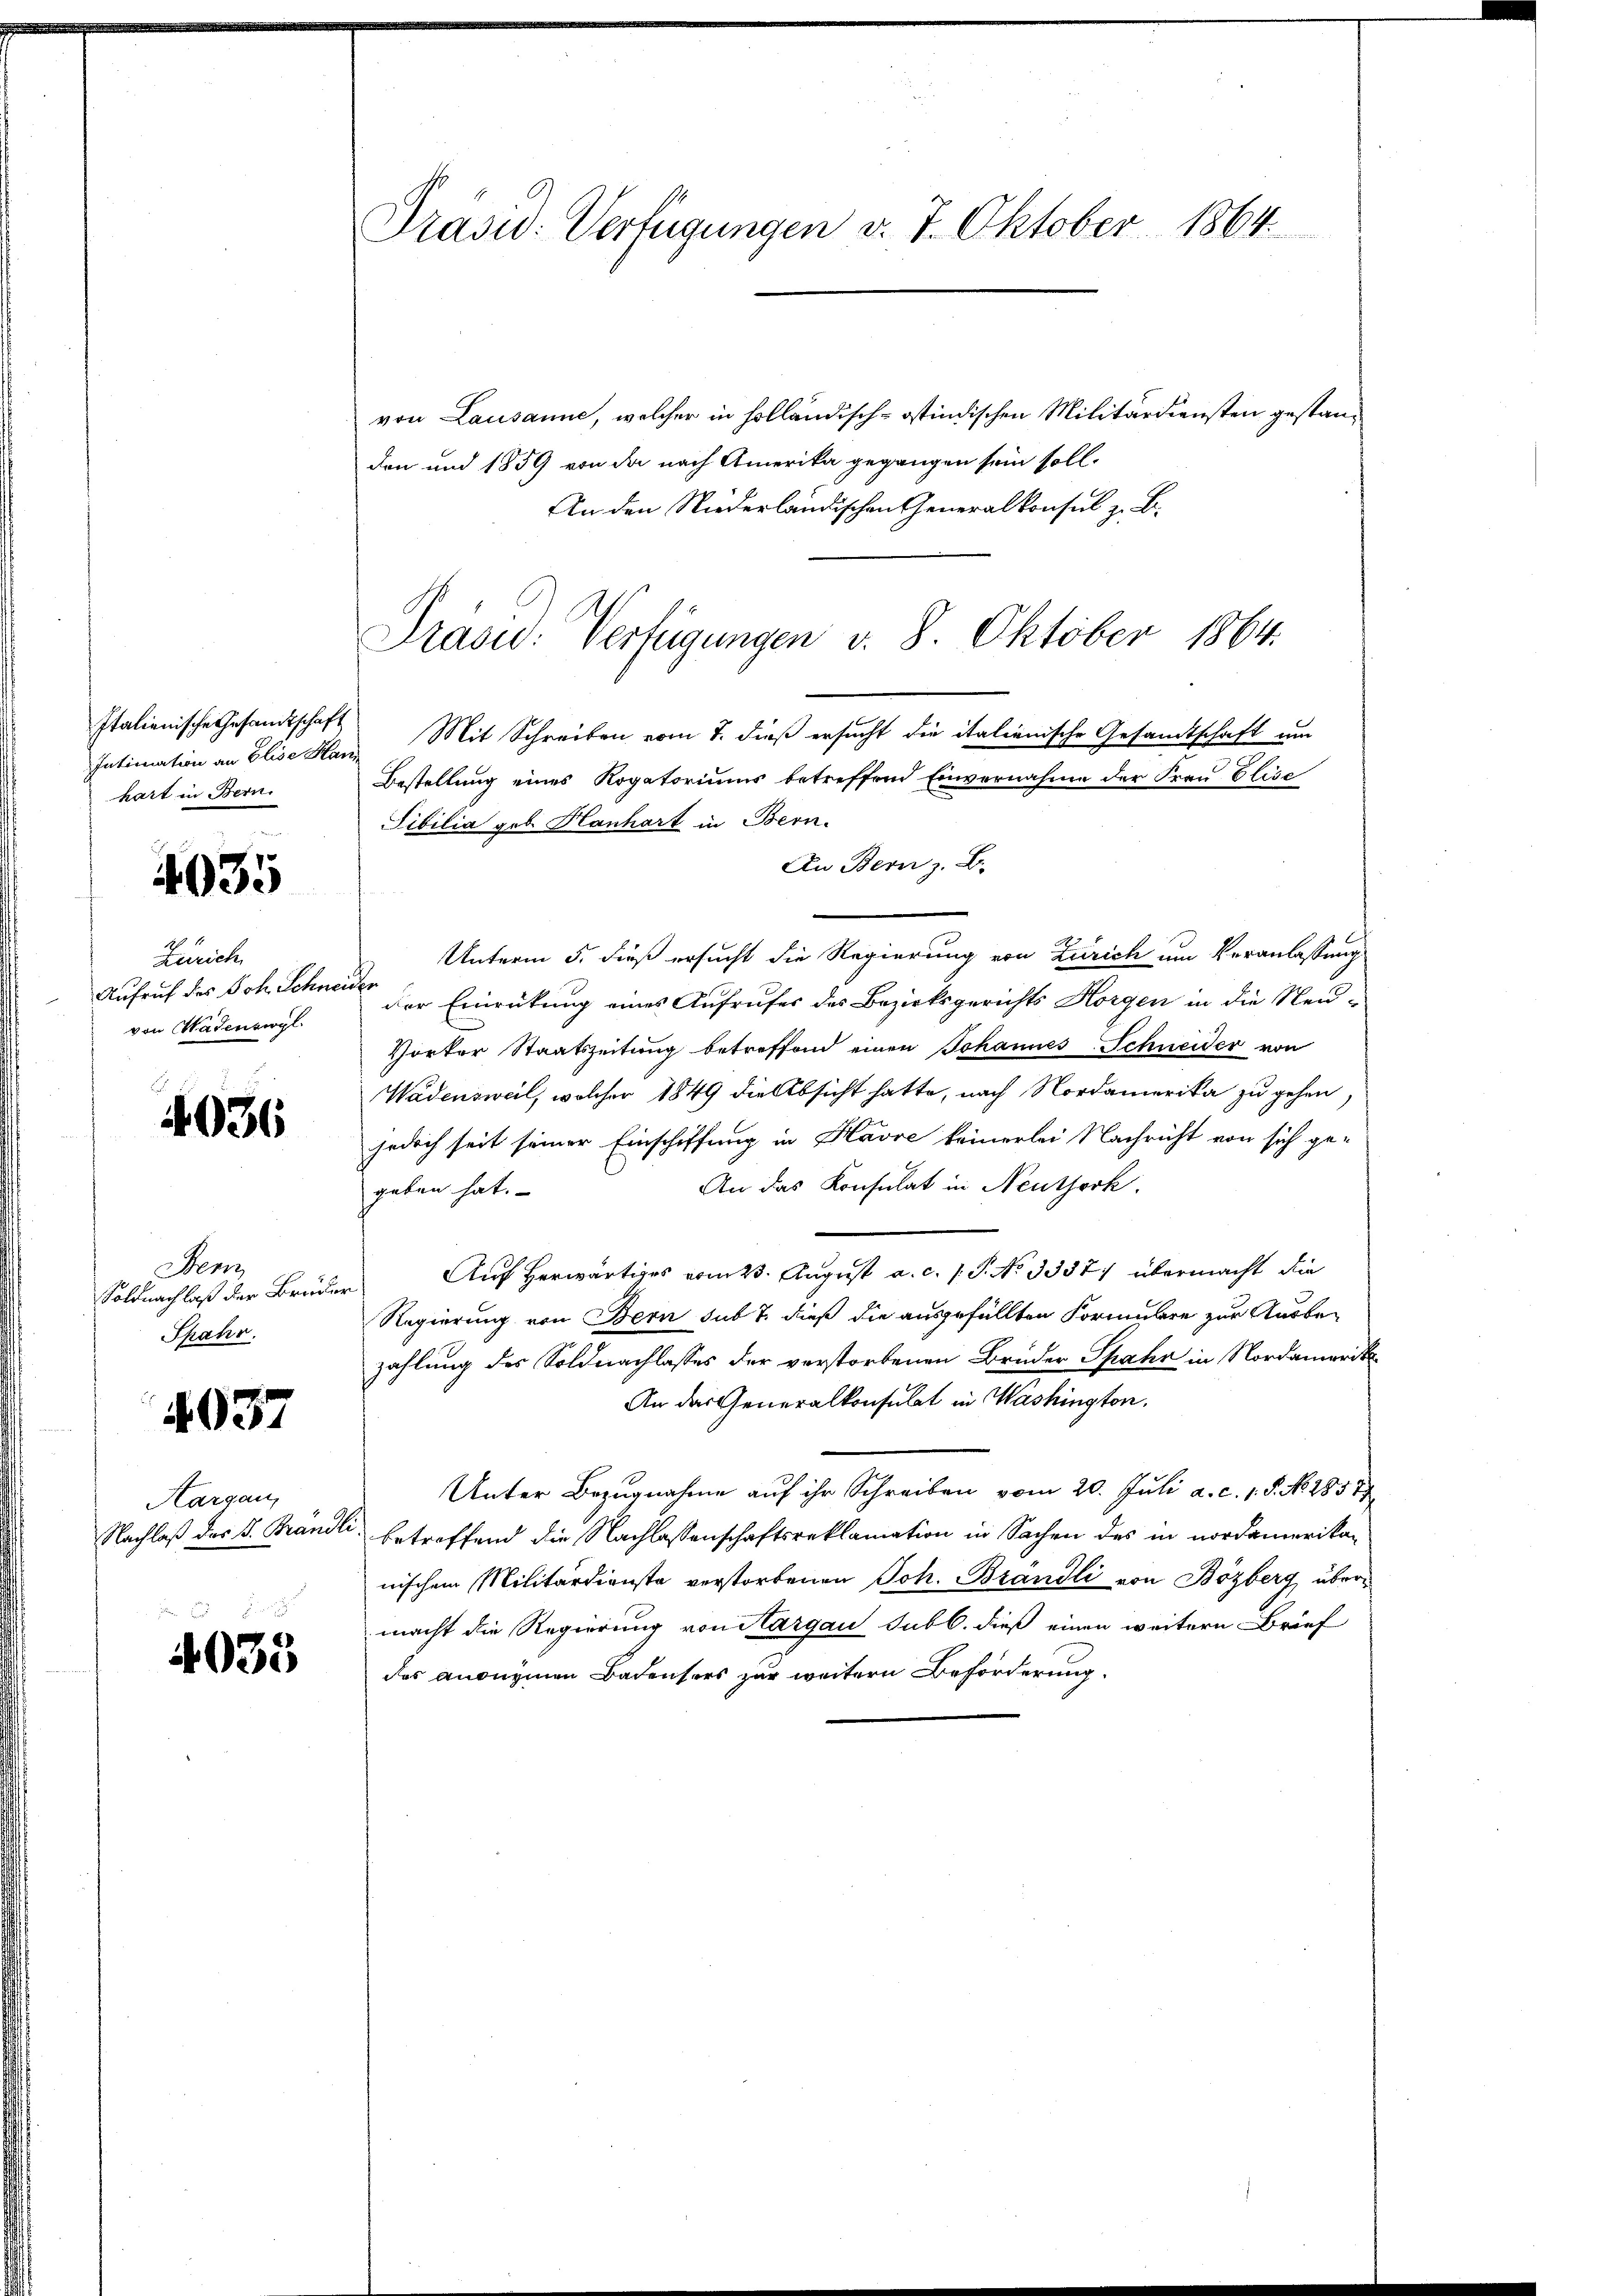
Italienische Gesandtschaft
hart in Bern.

4935

Zürich
Aufruf des Joh. Schneider
von Madenvergl.

4036

Sen
Soldnachlaß der Brüder
Spahr.

4037

Aargau,

4033

Präsid. Verfügungen v. 7. Oktober 1864.

von Lausanne, welcher in holländisch-östindischen Militärdiensten gestanden und 1859 von da nach Amerika gegangen sein soll.
An den Niederländischen Generalkonsul z. B.
Präsid. Verfügungen v. 8. Oktober 1864.
Intimation an Elise Han Mit Schreiben vom 7. dieß ersucht die italienische Gesandtschaft um
Bestellung eines Rogatoriums betreffend Einvernahme der Frau Elise
Tibilia geb. Hanhart in Bern.
An Bern z. B.
Unterm 5. dieß ersucht die Regierung von Zürich um Veranlassung
der Einrückung eines Aufrufes des Bezirksgerichts Horgen in die Neu-
Vorter Staatszeitung betreffend einen Johannes Schneider von
Wädensweil, welcher 1849 die Absicht hatte, nach Nordamerika zu gehen,
jedoch seit seiner Einschiffung in Havre keinerlei Nachricht von sich ge¬
An das Konsulat in Neuthork.
geben hat.
Auf herwärtiges vom 23. August a. c. s. S. No 3337. übermacht die
ve
Regierung von Bern sub 7. dieß die ausgefüllten Formulare zur Ausbe-
zahlung des Soldnachlasses der verstorbenen Brüder Spahr in Nordamerik
An das Generalkonsulat in Washington.
Unter Bezugnahme auf ihr Schreiben vom 20. Juli a. c. 1. S. N. 1857
Nachlaß das P. Brandli, betreffend die Nachlassenschaftsreklamation in Sachen des in nordamerikan
nischem Militärdienste verstorbenen Joh. Brandli von Bözberg, übermacht die Regierung von Aargau subb. dieß einen weitere Brief
des anonymen Badensers zur weitern Beförderung.